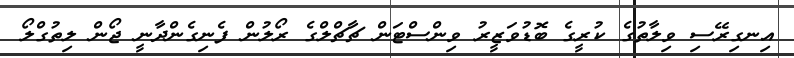
އިނގިރޭސި ވިލާތުގެ ކުރީގެ ބޮޑުވަޒީރު ވިންސްޓަން ޗާޗްލްގެ ރޯލުން ފެނިގެންދާނީ ޖޯން ލިތުގްލޯ